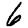
Digit: 6